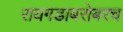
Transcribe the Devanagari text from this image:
रायगडाबरोबरच